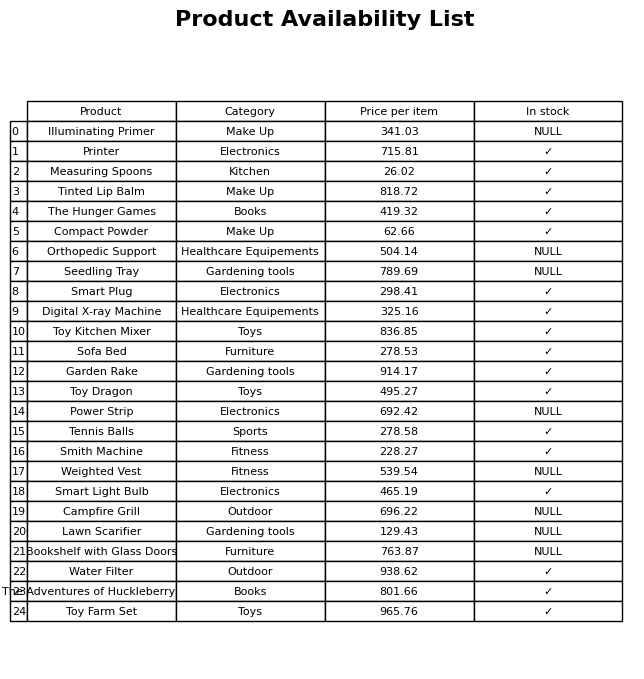
question: What is the price for Power Strip?
answer: The price of Power Strip is 692.42.